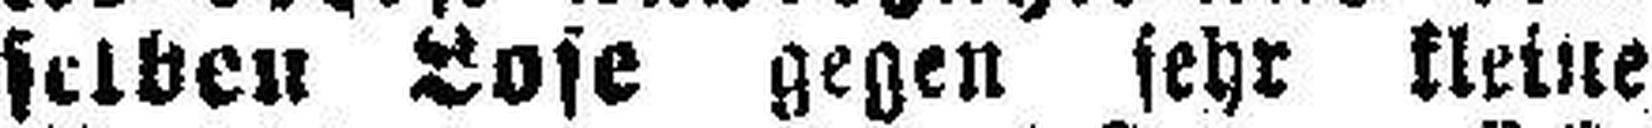
selben Lose gegen sehr kleine